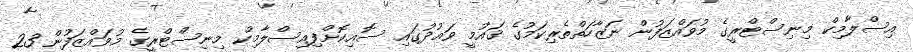
އިސްލާމިކް މިނިސްޓްރީގެ މުވައްޒަފުން ނަޒާހަތްތެރިކަމުގެ ޤައުމީ ވަޢުދުގައި ސޮއިކޮށްފިއިސްލާމިކް މިނިސްޓްރީގެ މުވައްޒަފުން 23